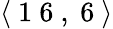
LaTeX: \langle\mathrm{~1~6~},\mathrm{~6~}\rangle